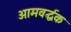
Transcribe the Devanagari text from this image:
आमवर्द्धक